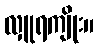
လှူရကျိုး။